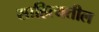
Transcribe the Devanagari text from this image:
साहित्यतील